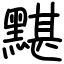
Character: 黮